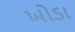
ખોડા